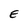
Character: E